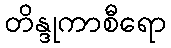
တိန္ဒုကာစီရော